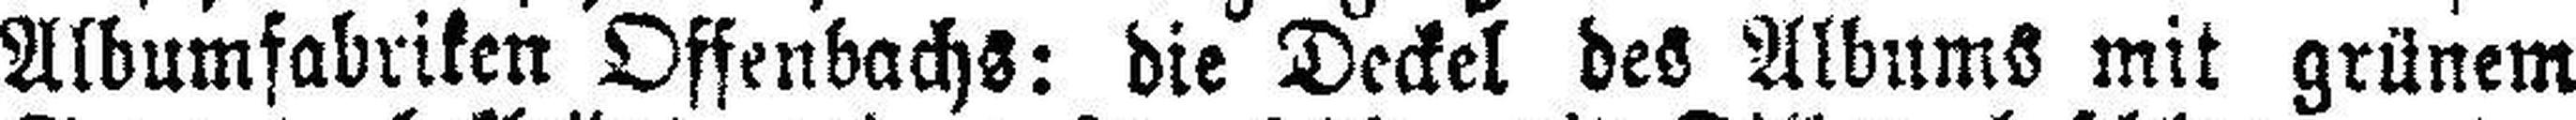
Albumfabriken Offenbachs: die Deckel des Albums mit grünem